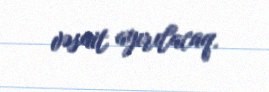
vəsait ayırılacaq.